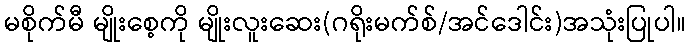
မစိုက်မီ မျိုးစေ့ကို မျိုးလူးဆေး(ဂရိုးမက်စ်/အင်ဒေါင်း)အသုံးပြုပါ။